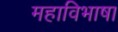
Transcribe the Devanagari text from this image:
महाविभाषा